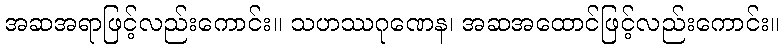
အဆအရာဖြင့်လည်းကောင်း။ သဟဿဂုဏေန၊ အဆအထောင်ဖြင့်လည်းကောင်း။